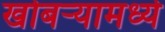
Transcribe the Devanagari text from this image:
खोबऱ्यामध्ये